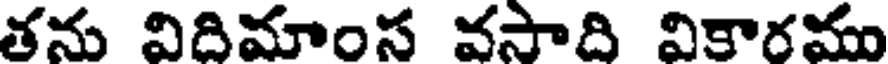
తను విదిమాంస వసాది వికారము